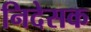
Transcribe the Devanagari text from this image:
निदेसक